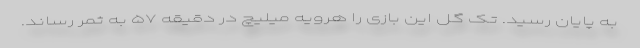
به پایان رسید. تک گل این بازی را هرویه میلیچ در دقیقه ۵۷ به ثمر رساند.